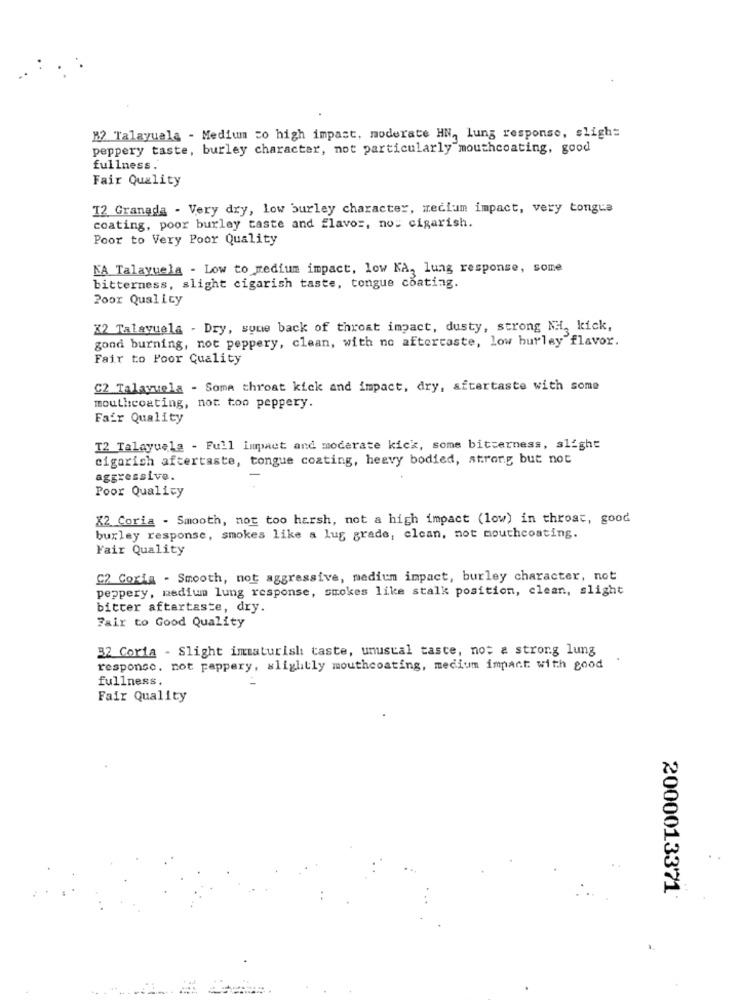
"2 Talayuala - Medium co high impact, moderate HN, lung response, slight
peppery taste, burley character, not particularly mouthcoating, good
fullness.
Fair Quality
12 Granada - Very dry, low burley character, medium impact, very tongue
coating, poor burley taste and flavor, no: cigarish.
Poor to Very Poor Quality
KA Talayuela - Low to medium impact, low NA, lung response, some
bitterness, slight cigarish taste, tongue coating.
Poor Quality
X2 Talayuela - Dry, sume back of throat impact, dusty, strong NH. kick,
gond burning, not peppery, clean, with no aftertaste, low burley flavor.
Fair to Poor Quality
C2 Talayuela - Soma throat kick and impact, dry, aftertaste with some
mouthcoating, not too peppery.
Fair Quality
T2 Talayuela - Full impact and moderate kick, some bitterness, slight
cigarich aftertaste, tongue coating, heavy bodied, strong but not
aggressive.
Poor Quality
X2 Coria - Smooth, not too harsh, not a high impact (low) in throat, good
burley response, smokes like a lug grade, elcan, not mouthcoating.
Yair Quality
C2 Coria - Smooth, not aggressive, medium impact, burley character, not
peppery, medium lung response, smokes like stalk position, clean, slight
bitter aftertaste, dry.
Fair to Good Quality
32 Corta - Slight immaturish taste, unustal taste, no. a strong lung
response. not pappery, slightly mouthcoating, medium impact with good
fullness,
Fair Quality
2000013371